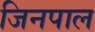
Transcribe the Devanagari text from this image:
जिनपाल